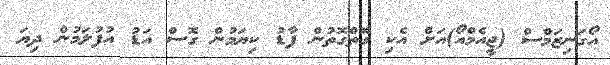
އޯގަނިޒަމްސް (ޖީއެމްއޯ)އަށް އެކި ގޮތްގޮތުން ފާޑު ކިޔަމުން ގޮސް އަޑު އުފުލަމުން ދިޔަ